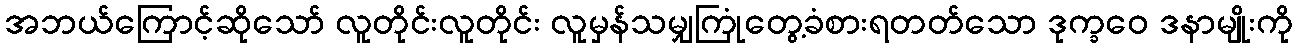
အဘယ်ကြောင့်ဆိုသော် လူတိုင်းလူတိုင်း လူမှန်သမျှကြုံတွေ့ခံစားရတတ်သော ဒုက္ခဝေ ဒနာမျိုးကို